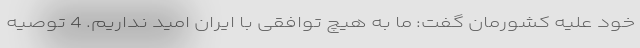
خود علیه کشورمان گفت: ما به هیچ توافقی با ایران امید نداریم. 4 توصیه